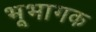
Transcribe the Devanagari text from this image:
भूभागक